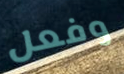
وفعل